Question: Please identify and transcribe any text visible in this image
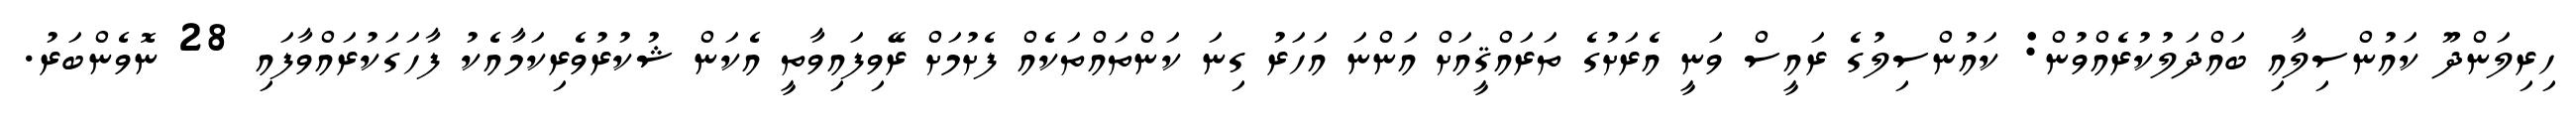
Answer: ހިރިލަންދޫ ކައުންސިލާއި ބައްދަލުކުރެއްވުން: ކައުންސިލުގެ ރައީސް ވަނީ އެރަށުގެ ތަރައްޤީއަށް އަންނަ އަހަރު ގިނަ ކަންތައްތަކެއް ފެށުމަށް ރޭވިފައިވާތީ އެކަން ޝުކުރުވެރިކަމާއެކު ފާހަގަކުރައްވާފައި 28 ނޮވެންބަރު.